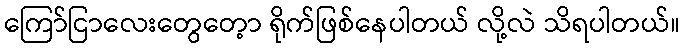
ကြော်ငြာလေးတွေတေ့ာ ရိုက်ဖြစ်နေပါတယ် လို့လဲ သိရပါတယ်။